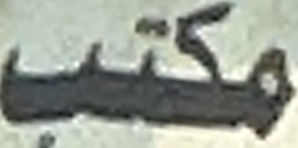
مكتب